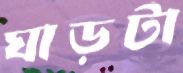
ঘাড়টা